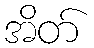
အိတ်